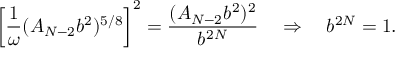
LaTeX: \left[ \frac { 1 } { \omega } ( A _ { N - 2 } b ^ { 2 } ) ^ { 5 / 8 } \right] ^ { 2 } = \frac { ( A _ { N - 2 } b ^ { 2 } ) ^ { 2 } } { b ^ { 2 N } } \quad \Rightarrow \quad b ^ { 2 N } = 1 .